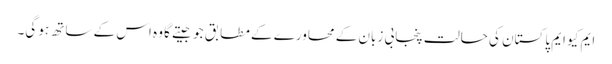
ایم کیو ایم پاکستان کی حالت پنجابی زبان کے محاورے کے مطابق جو جیتے گا وہ اس کے ساتھ ہو گی۔